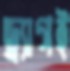
ড্র্যাগই